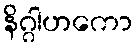
နိဂ္ဂါဟကော